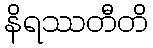
နိရဿတီတိ